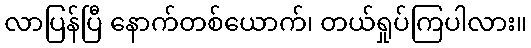
လာပြန်ပြီ နောက်တစ်ယောက်၊ တယ်ရှုပ်ကြပါလား။